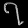
Digit: ၇